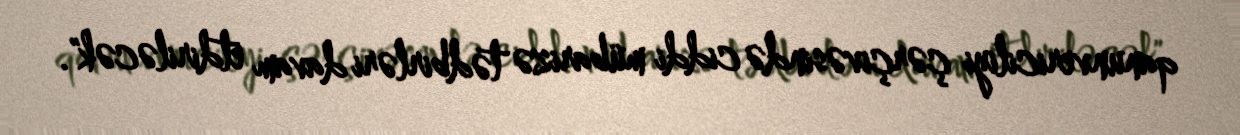
qanunvericiliyi çərçivəsində ciddi mübarizə tədbirləri davam etdiriləcək".